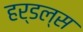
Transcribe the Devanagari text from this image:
हर्डल्स